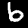
Digit: 6